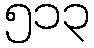
၅၁၃